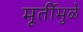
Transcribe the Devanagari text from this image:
मूर्तीमुळे